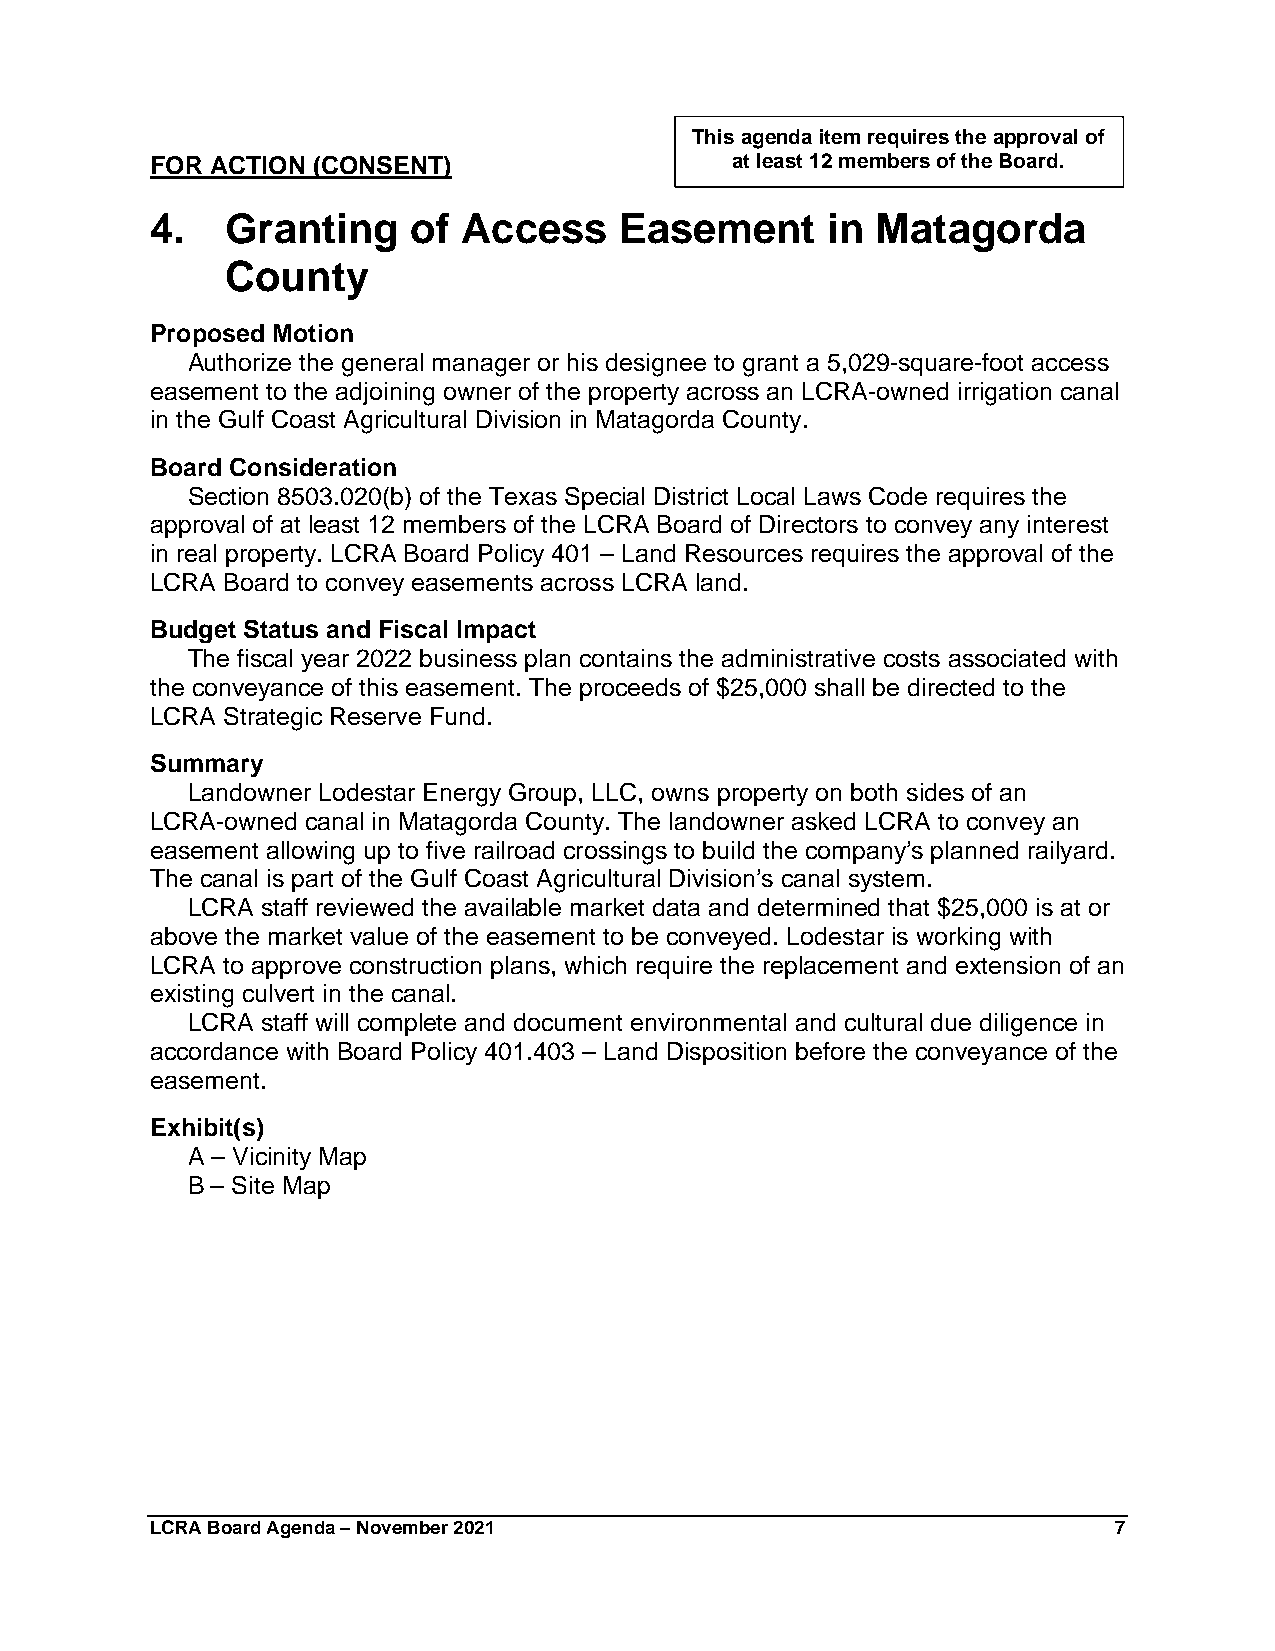
This agenda item requires the approval of
 FOR ACTION (CONSENT)                  at least 12 members of the Board.
 4.   Granting    of  Access    Easement      in Matagorda
 County
 Proposed Motion
 Authorize the general manager or his designee to grant a 5,029-square-foot access
 easement to the adjoining owner of the property across an LCRA-owned irrigation canal
 in the Gulf Coast Agricultural Division in Matagorda County.
 Board Consideration
 Section 8503.020(b) of the Texas Special District Local Laws Code requires the
 approval of at least 12 members of the LCRA Board of Directors to convey any interest
 in real property. LCRA Board Policy 401 – Land Resources requires the approval of the
 LCRA Board to convey easements across LCRA land.
 Budget Status and Fiscal Impact
 The fiscal year 2022 business plan contains the administrative costs associated with
 the conveyance of this easement. The proceeds of $25,000 shall be directed to the
 LCRA Strategic Reserve Fund.
 Summary
 Landowner Lodestar Energy Group, LLC, owns property on both sides of an
 LCRA-owned canal in Matagorda County. The landowner asked LCRA to convey an
 easement allowing up to five railroad crossings to build the company’s planned railyard.
 The canal is part of the Gulf Coast Agricultural Division’s canal system.
 LCRA staff reviewed the available market data and determined that $25,000 is at or
 above the market value of the easement to be conveyed. Lodestar is working with
 LCRA to approve construction plans, which require the replacement and extension of an
 existing culvert in the canal.
 LCRA staff will complete and document environmental and cultural due diligence in
 accordance with Board Policy 401.403 – Land Disposition before the conveyance of the
 easement.
 Exhibit(s)
 A – Vicinity Map
 B – Site Map
 LCRA Board Agenda – November 2021                               7